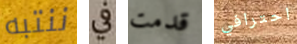
ننتبه في قدمت احترافي